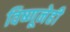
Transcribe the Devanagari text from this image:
विष्णूनेही